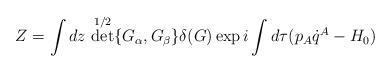
LaTeX: \begin{align*}Z=\int dz\,\det^{1/2}\{G_\alpha,G_\beta\}\delta(G)\exp i\int d\tau(p_A\dot q^A-H_0)\end{align*}